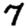
Digit: 7